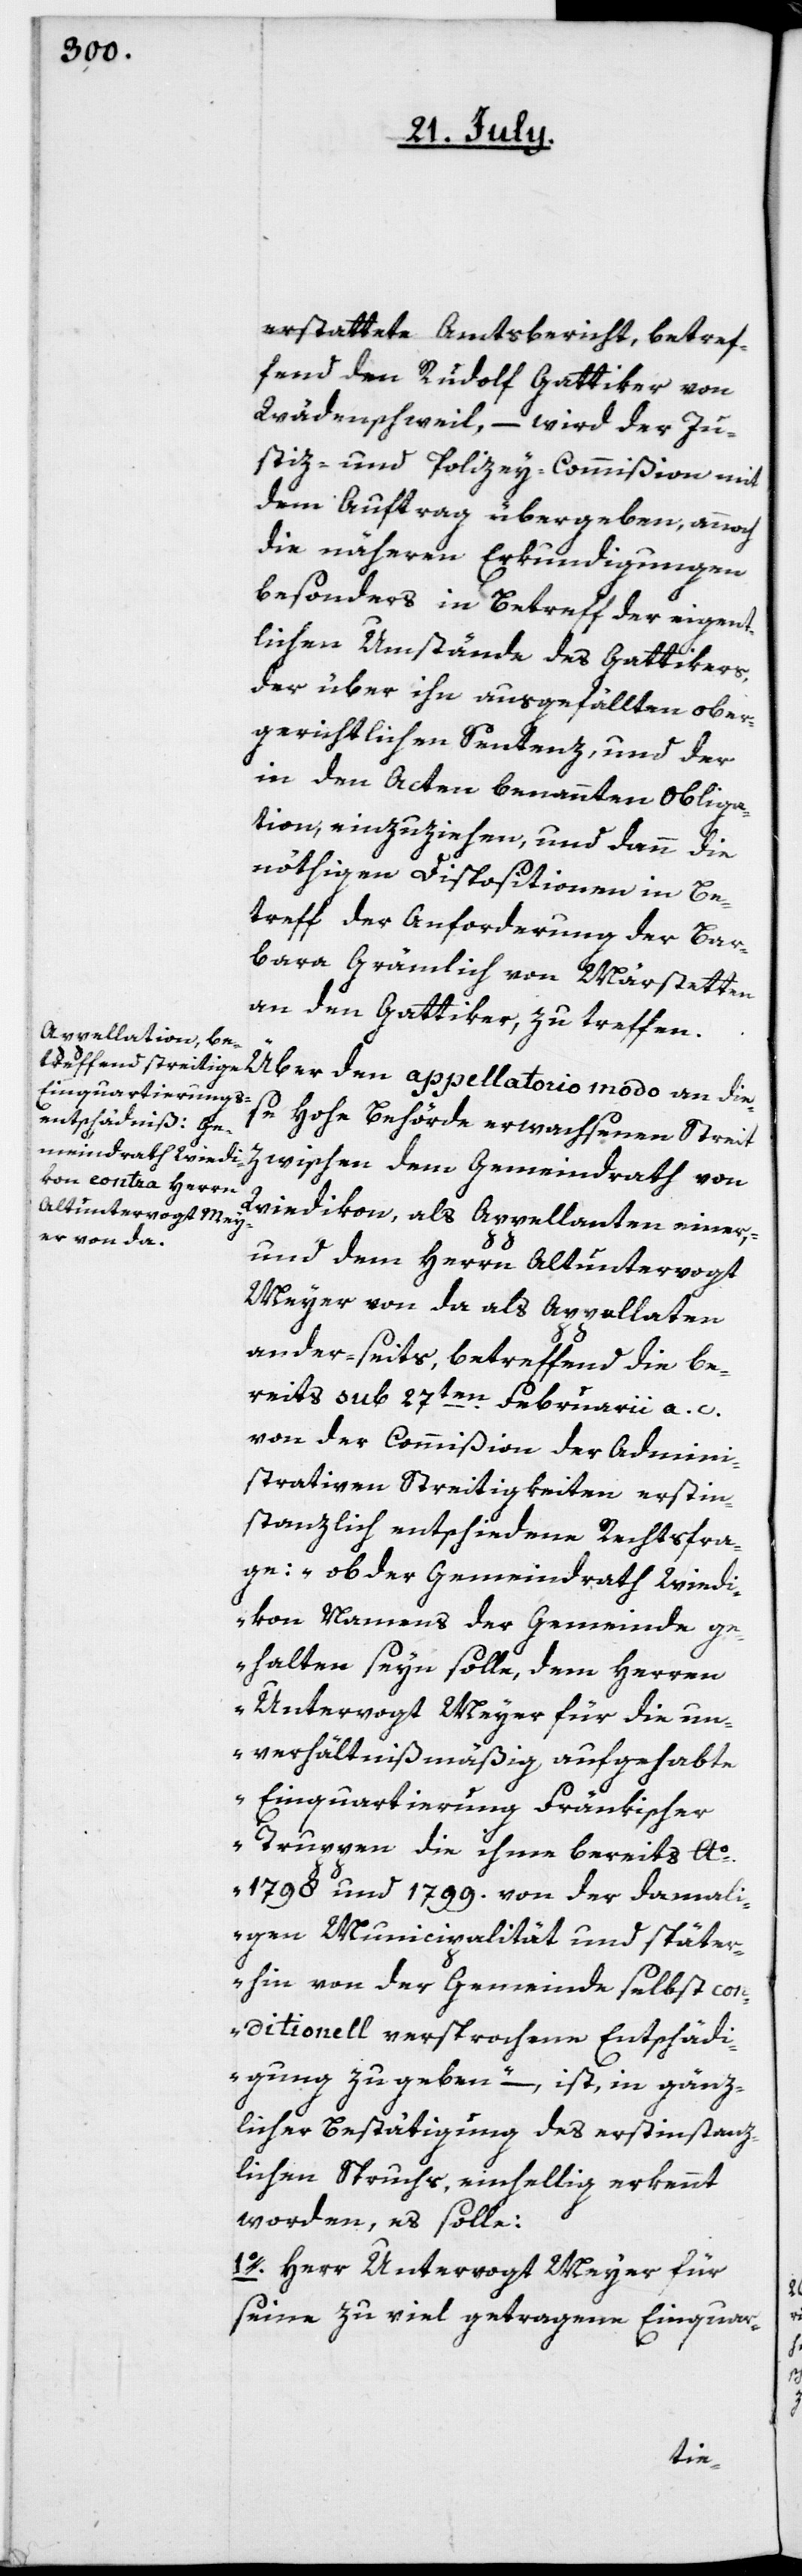
erstattete Amtsbericht, betref¬
fend den Rudolf Gattiker von
Wädenswil, – wird der Ju¬
stiz- und Polizey-Commißion mit
dem Auftrag übergeben, annoch
die näheren Erkundigungen
besonders in Betreff der eigent¬
lichen Umstände des Gattikers,
der über ihn ausgefällten ober¬
gerichtlichen Sentenz, und der
in den Acten benannten Obliga¬
tion, einzuziehen, und dann die
nöthigen Dispositionen in Be¬
treff der Anforderung der Bar¬
bara Grämlich vom Märstetten
an den Gattiker, zu treffen.
Über den appellatorio modo an die¬
se Hohe Behörde erwachsenen Streit
zwischen dem Gemeindrath von
Wiedikon, als Appellanten einer-,
und dem Herrn Altuntervogt
Meyer von da als Appellaten
ander-seits, betreffend die be¬
reits sub 27ten Februarii a. c.
von der Commißion der Admini¬
strativen Streitigkeiten erstin¬
stanzlich entschiedene Rechtsfra¬
ge: „ob der Gemeindrath Wiedi¬
kon Namens der Gemeinde ge¬
halten seyn solle, dem Herren
Untervogt Meyer für die un¬
verhältnißmäßig aufgehabte
Einquartierung Fränkischer
Truppen, die ihme bereits Ao
1798 und 1799. von der damali¬
gen Municipalität und später¬
hin von der Gemeinde selbst con¬
ditionell versprochene Entschädi¬
gung zu geben“, – ist, in gänz¬
licher Bestätigung des erstinstanz¬
lichen Spruchs, einhellig erkennt
worden, es solle:
1o. Herr Untervogt Meyer für
seine zu viel getragene Einquar-